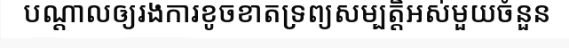
បណ្តាលឲ្យរងការខូចខាតទ្រព្យសម្បត្តិអស់មួយចំនួន